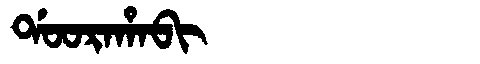
Manchu: ᡩᠣᠣᡵᠠᡥᠠᠪᡳ
Romanization: DOORAHABI